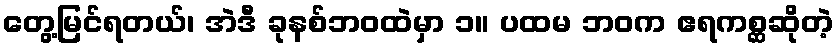
တွေ့မြင်ရတယ်၊ အဲဒီ ခုနစ်ဘဝထဲမှာ ၁။ ပထမ ဘဝက ဧရကစ္ဆဆိုတဲ့